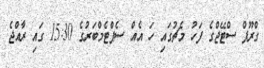
ގްރޫޕް ސްޓޭޖްގެ ފަހު މެޗުގައި ހަ އެއް ސެޕްޓެމްބަރުގެ 15:30 ގައި ރާއްޖެ